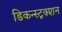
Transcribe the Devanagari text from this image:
डिकन्स्ट्रक्शन